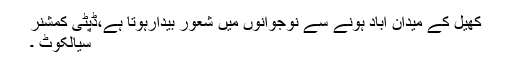
کھیل کے میدان آباد ہونے سے نوجوانوں میں شعور بیدارہوتا ہے،ڈپٹی کمشنر
سیالکوٹ ۔